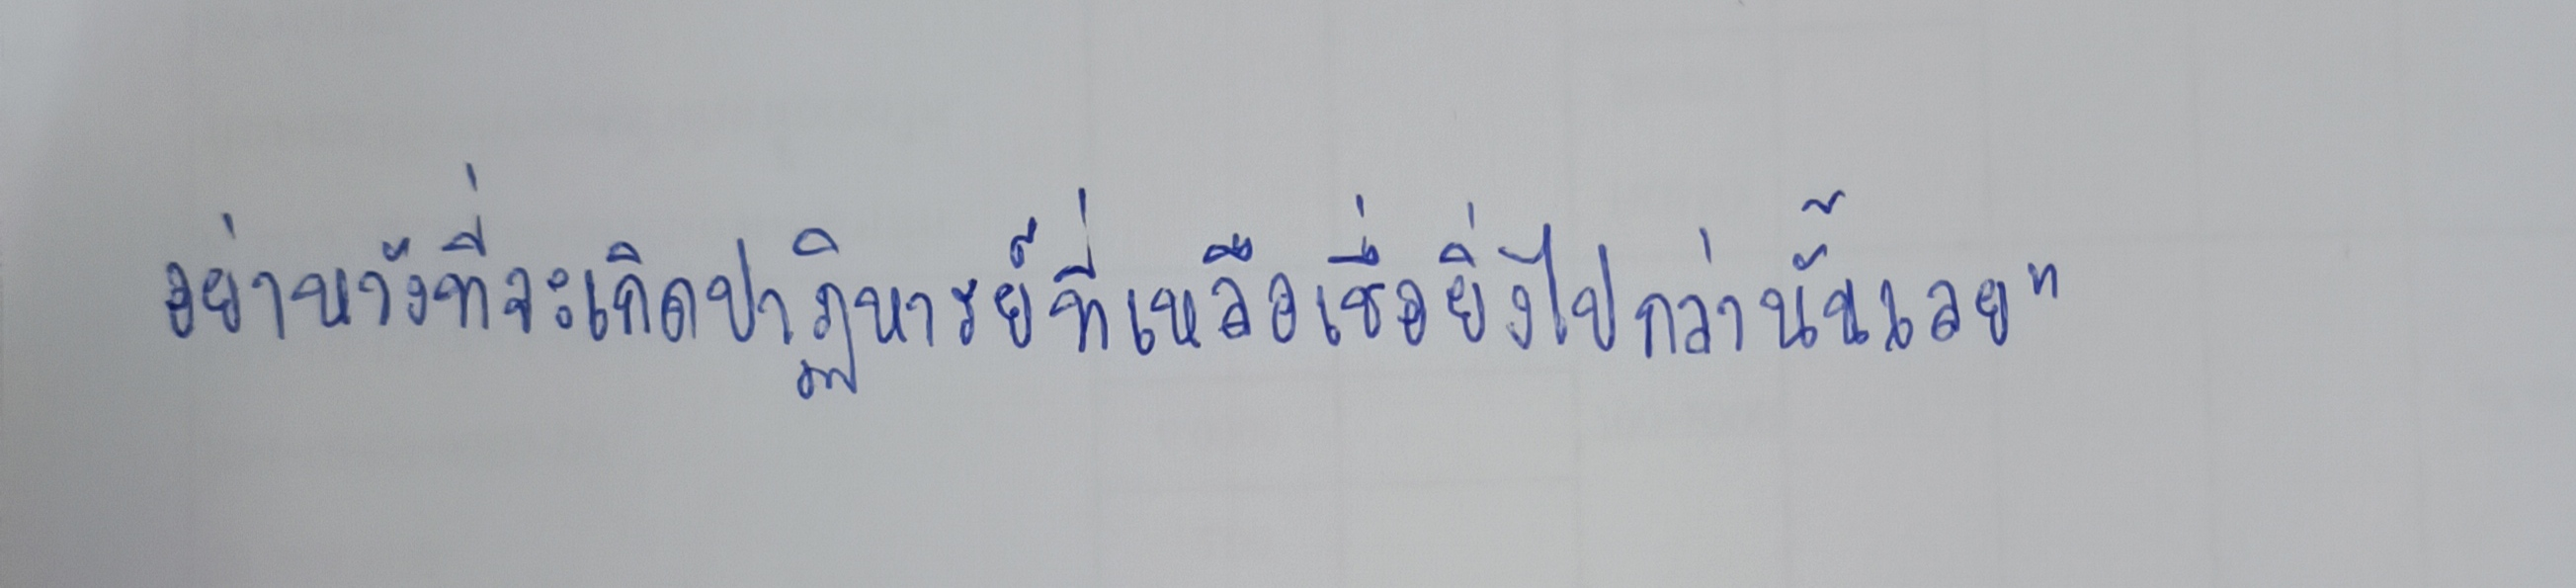
อย่าหวังที่จะเกิดปาฎิหารย์ที่เหลือเชื่อยิ่งไปกว่านั้นเลย"